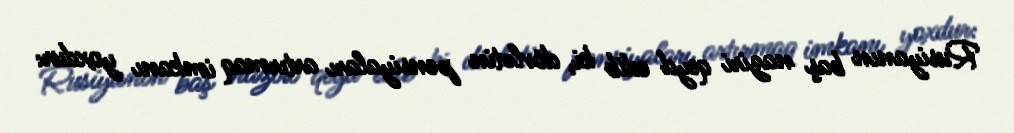
Rusiyanın baş naziri qeyd edib ki, dövlətin pensiyaları artırmaq imkanı yoxdur: